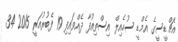
އެޗްޑީސީގެ އެމްޑީ ސުހެއިލް އިސްތިއުފާ ދެއްވައިފި 19 ފެބުރުއަރީ 2015 34